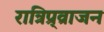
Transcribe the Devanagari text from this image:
रात्रिप्र्व्राजन